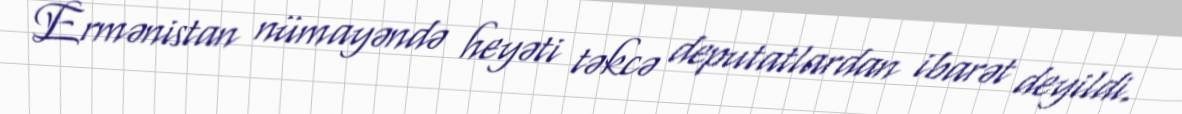
Ermənistan nümayəndə heyəti təkcə deputatlardan ibarət deyildi.